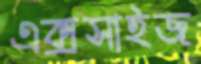
এক্সসাইজ